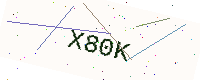
Text: X80K